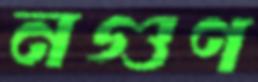
নগুণ